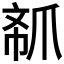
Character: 𱬽